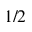
1 / 2